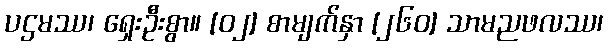
ပဌမဿ၊ ရှေးဦးစွာ။ [၀၂] စာမျက်နှာ [၂၆၀] သာမညဖလဿ၊